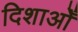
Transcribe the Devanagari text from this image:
दिशाओँ